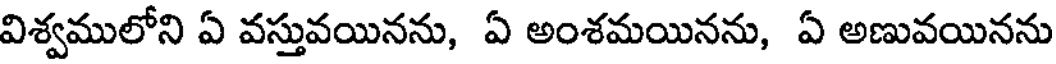
విశ్వములోని ఏ వస్తువయినను, ఏ అంశమయినను, ఏ అణువయినను